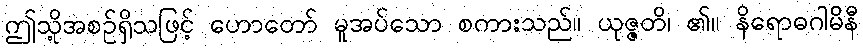
ဤသို့အစဉ်ရှိသဖြင့် ဟောတော် မူအပ်သော စကားသည်။ ယုဇ္ဇတိ၊ ၏။ နိရောဓဂါမိနီ